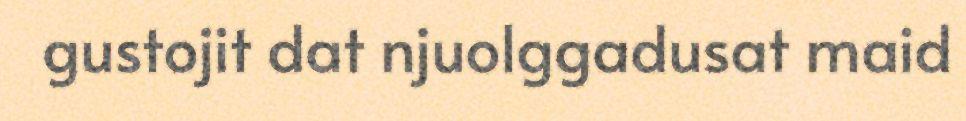
gustojit dat njuolggadusat maid